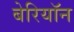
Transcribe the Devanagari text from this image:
बेरियॉन